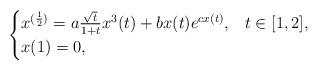
LaTeX: \begin{align*}\begin{cases}x^{(\frac{1}{2})}=a\frac{\sqrt{t}}{1+t}x^{3}(t)+bx(t)e^{cx(t)},& t \in[1,2],\\x(1)=0,\end{cases}\end{align*}